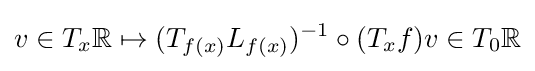
v\in T_{x}\mathbb {R} \mapsto (T_{f(x)}L_{f(x)})^{-1}\circ (T_{x}f)v\in T_{0}\mathbb {R}